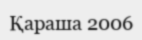
Қараша 2006